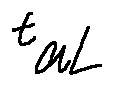
t _ { a L }